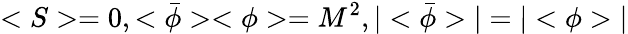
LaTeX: <S>=0,<\bar{\phi}><\phi>=M^{2},|<\bar{\phi}>|=|<\phi>|